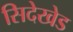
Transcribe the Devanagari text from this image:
सिदेखेड